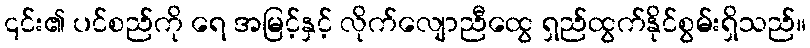
၎င်း၏ ပင်စည်ကို ရေ အမြင့်နှင့် လိုက်လျောညီထွေ ရှည်ထွက်နိုင်စွမ်းရှိသည်။